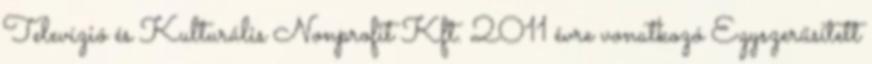
Televízió és Kulturális Nonprofit Kft. 2011 évre vonatkozó Egyszerűsített